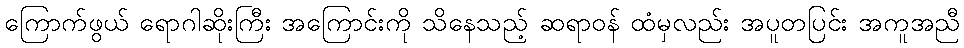
ကြောက်ဖွယ် ရောဂါဆိုးကြီး အကြောင်းကို သိနေသည့် ဆရာဝန် ထံမှလည်း အပူတပြင်း အကူအညီ